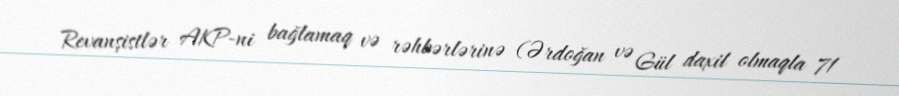
Revanşistlər AKP-ni bağlamaq və rəhbərlərinə (Ərdoğan və Gül daxil olmaqla 71